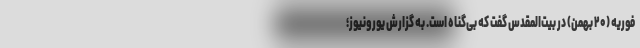
فوریه (۲۰ بهمن) در بیت‌المقدس گفت که بی‌گناه است. به گزارش یورونیوز؛